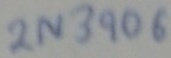
Text: 2N3906